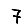
Digit: 7